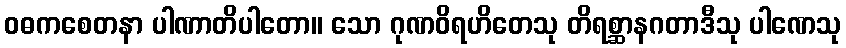
ဝဓကစေတနာ ပါဏာတိပါတော။ သော ဂုဏဝိရဟိတေသု တိရစ္ဆာနဂတာဒီသု ပါဏေသု